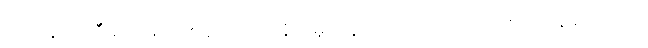
လက်နက်ကြီးများဖြင့် ပစ်ခတ်တိုက်ခိုက်မှုတွေ ဆက်လက်လုပ်ဆောင်နေခဲ့ပါတယ်။